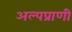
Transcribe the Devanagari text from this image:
अल्पप्राणी